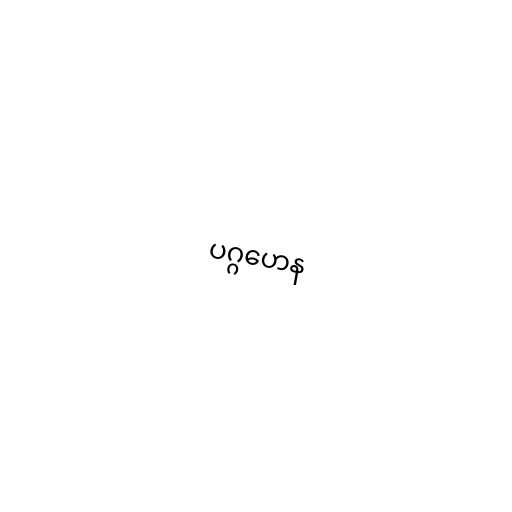
ပဂ္ဂဟေန